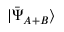
| { \bar { \Psi } } _ { A + B } \rangle